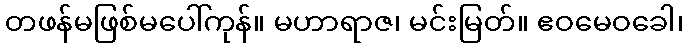
တဖန်မဖြစ်မပေါ်ကုန်။ မဟာရာဇ၊ မင်းမြတ်။ ဧဝမေဝခေါ၊